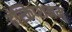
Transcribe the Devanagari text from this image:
इंस्क्रिप्शनम्